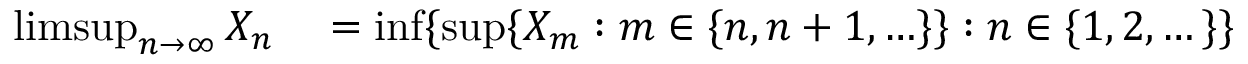
\begin{array} { r l } { \operatorname* { l i m s u p } _ { n \to \infty } X _ { n } } & { { } = \operatorname* { i n f } \{ \operatorname* { s u p } \{ X _ { m } : m \in \{ n , n + 1 , \ldots \} \} : n \in \{ 1 , 2 , \dots \} \} } \end{array}